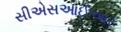
સીએસઆઈઆર